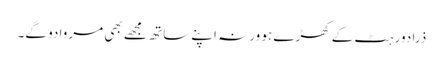
ذرا دور ہٹ کے کھڑے ہو ورنہ اپنے ساتھ مجھے بھی مروا دو گے۔